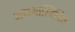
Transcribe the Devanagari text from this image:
अत्रस्थास्त्रिदिवं